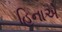
હિનાએ